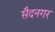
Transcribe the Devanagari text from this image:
सैदनगर